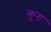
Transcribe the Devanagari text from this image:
कूग